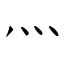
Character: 灬